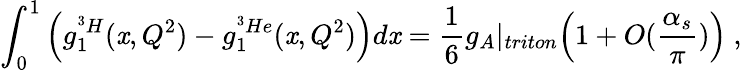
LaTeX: \int_{0}^{1}\Big(g_{1}^{^3H}(\mathit{x},Q^{2})-g_{1}^{^3He}(\mathit{x},Q^{2})\Big)d\mathit{x}=\frac{{1}}{{6}}g_{A}|_{triton}\Big(1+O(\frac{{\alpha_{s}}}{{\pi}})\Big)\ ,